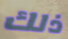
ذلك